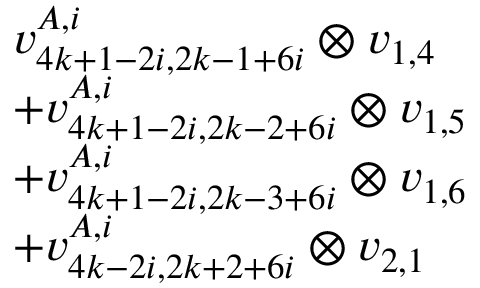
\begin{array} { r l } & { v _ { 4 k + 1 - 2 i , 2 k - 1 + 6 i } ^ { A , i } \otimes v _ { 1 , 4 } } \\ & { + v _ { 4 k + 1 - 2 i , 2 k - 2 + 6 i } ^ { A , i } \otimes v _ { 1 , 5 } } \\ & { + v _ { 4 k + 1 - 2 i , 2 k - 3 + 6 i } ^ { A , i } \otimes v _ { 1 , 6 } } \\ & { + v _ { 4 k - 2 i , 2 k + 2 + 6 i } ^ { A , i } \otimes v _ { 2 , 1 } } \end{array}